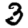
Digit: 3